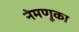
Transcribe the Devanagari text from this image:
नेमणूका